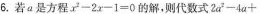
6.若a是方程$$x - 2 x - 1 = 0$$的解，则代数式$$2 a ^ { 2 } - 4 a +